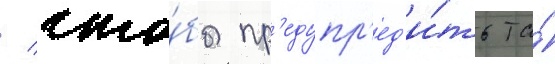
/ что́бы пр'едупр'ед'и́ть та́